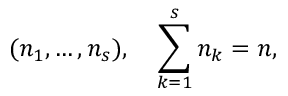
( n _ { 1 } , \ldots , n _ { s } ) , \quad \sum _ { k = 1 } ^ { s } n _ { k } = n ,